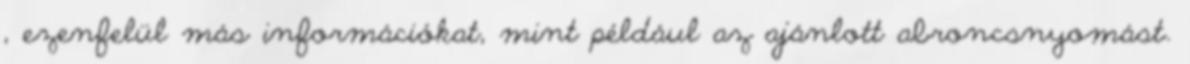
, ezenfelül más információkat, mint például az ajánlott abroncsnyomást.